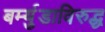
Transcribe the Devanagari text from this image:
बर्म्युडाविरुद्ध